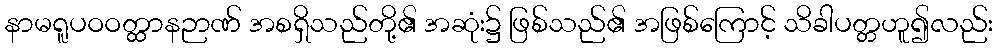
နာမရူပဝဝတ္ထာနဉာဏ် အစရှိသည်တို့၏ အဆုံး၌ ဖြစ်သည်၏ အဖြစ်ကြောင့် သိခါပတ္တဟူ၍လည်း